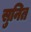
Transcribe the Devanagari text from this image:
सुनित